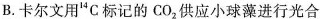
B.卡尔文用^{14}C标记的CO_{2}供应小球藻进行光合